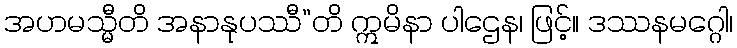
အဟမသ္မီတိ အနာနုပဿီ”တိ ဣမိနာ ပါဌေန၊ ဖြင့်။ ဒဿနမဂ္ဂေါ၊